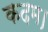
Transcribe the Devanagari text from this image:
कदम।